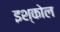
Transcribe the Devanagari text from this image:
इश्कोल